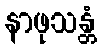
နာဖုသန္တံ